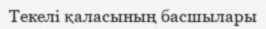
Текелі қаласының басшылары